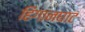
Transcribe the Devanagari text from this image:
हिंगानघाट